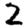
Digit: 2